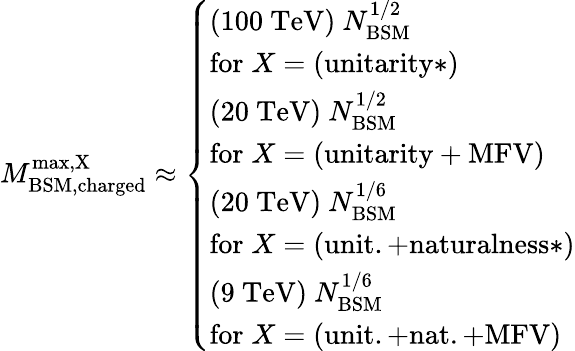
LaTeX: M_{\mathrm{BSM,charged}}^{\mathrm{max,X}}\approx\left\{ \begin{array}{l}{(100~{\textrm{TeV}})\ N_{\mathrm{BSM}}^{1/2}}\\ {\mathrm{for\; }X=\mathrm{(unitarity*)}}\\ {(20~{\textrm{TeV}})\ N_{\mathrm{BSM}}^{1/2}}\\ {\mathrm{for\; }X=\mathrm{(unitarity+MFV)}}\\ {(20~{\textrm{TeV}})\ N_{\mathrm{BSM}}^{1/6}}\\ {\mathrm{for\; }X=\mathrm{(unit.+naturalness*)}}\\ {(9~{\textrm{TeV}})\ N_{\mathrm{BSM}}^{1/6}}\\ {\mathrm{for\; }X=\mathrm{(unit.+nat.+MFV)}}\end{array}\right.